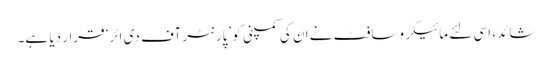
شائد، اسی لئے مائیکروسافٹ نے ان کی کمپنی کو ’پارنٹر آف دی ائر‘ قرار دیا ہے۔